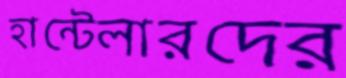
হান্টেলারদের